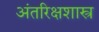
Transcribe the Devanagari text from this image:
अंतरिक्षशास्त्र